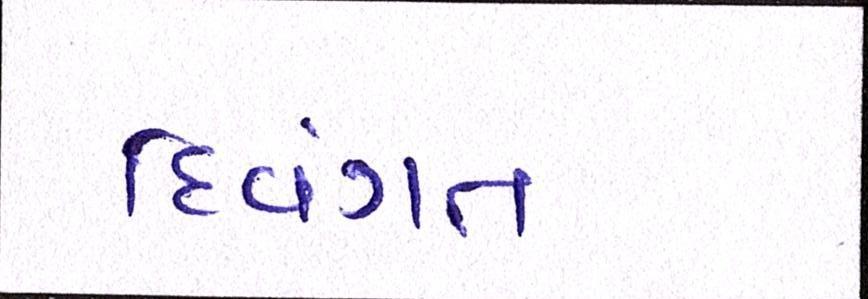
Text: દિવંગત